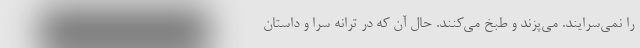
را نمی‌سرایند. می‌پزند و طبخ می‌کنند. حال آن که در ترانه سرا و داستان